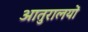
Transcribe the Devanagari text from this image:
आतुरालयों